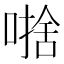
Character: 𱔄